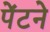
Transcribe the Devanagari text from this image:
पेंटने